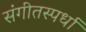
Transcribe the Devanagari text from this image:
संगीतस्पर्धा